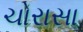
ચોરાસા